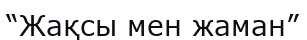
“Жақсы мен жаман”